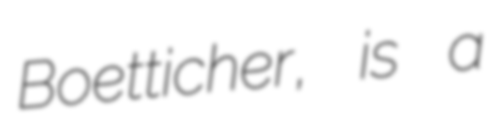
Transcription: Boetticher, is a